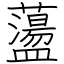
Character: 蘯